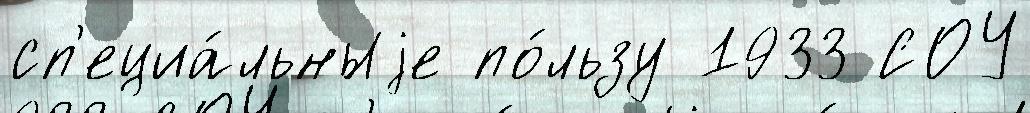
сп'ециа́льныjе по́льзу 1933 СОУ